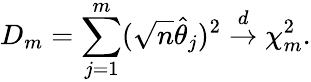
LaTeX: D_{m}=\sum_{j=1}^{m}(\sqrt{n}\widehat{\theta}_{j})^{2}\stackrel{d}{\rightarrow}\chi_{m}^{2}.